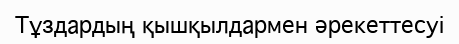
Тұздардың қышқылдармен әрекеттесуі